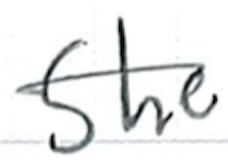
Text: She
Cross-out: single-line
Writing tool: ballpoint